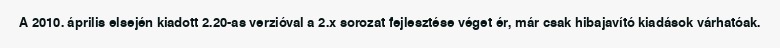
A 2010. április elsején kiadott 2.20-as verzióval a 2.x sorozat fejlesztése véget ér, már csak hibajavító kiadások várhatóak.